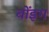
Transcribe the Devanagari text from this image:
बोंइग